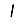
Digit: 1